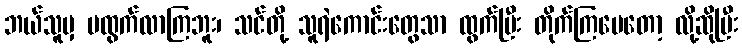
ဘယ်သူမှ မထွက်လာကြဘူး၊ သင်တို့ သူရဲကောင်းတွေသာ ထွက်ပြီး တိုက်ကြပေတော့ လို့ဆိုပြီး